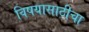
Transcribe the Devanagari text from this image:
विषयासाठीचा